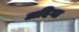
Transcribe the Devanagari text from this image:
अदिगा